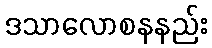
ဒသာလောစနနည်း